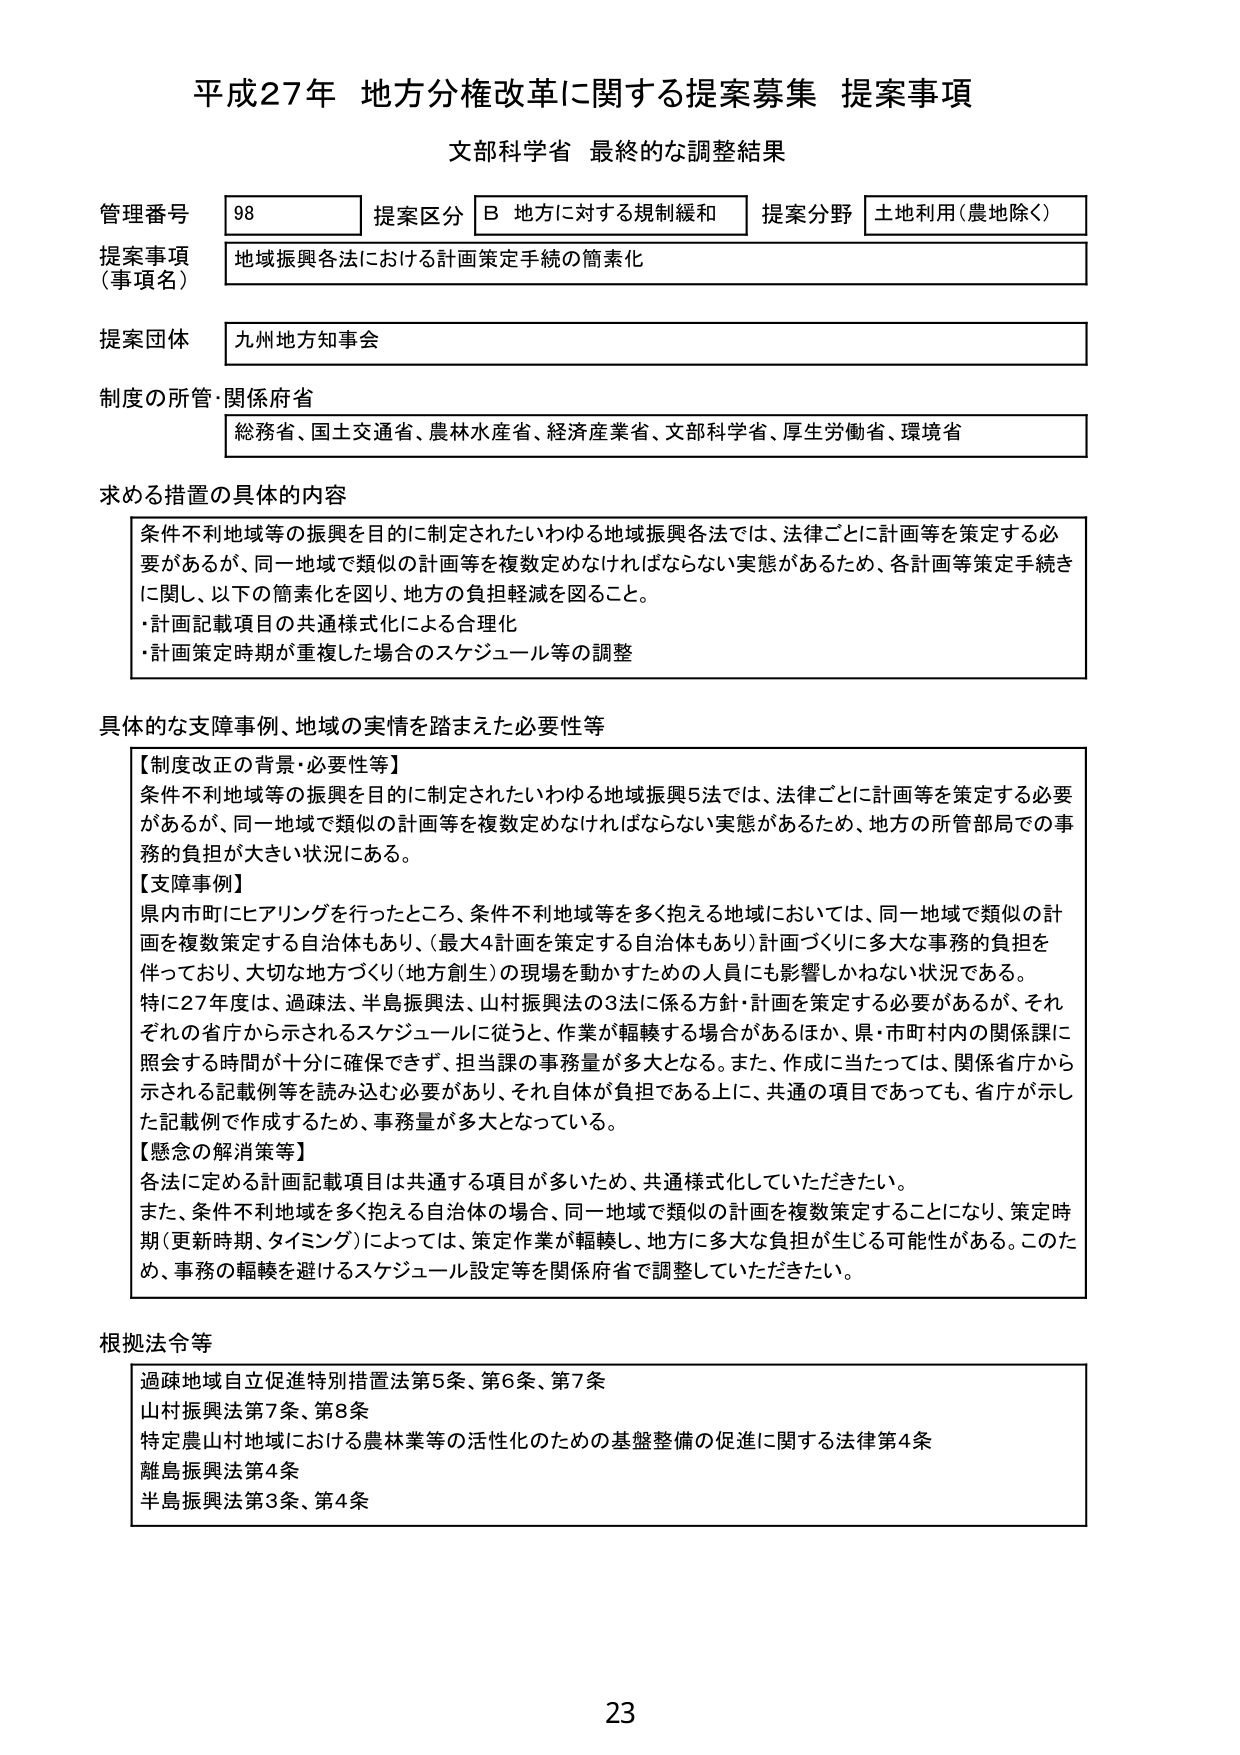
平成27年 地方分権改革に関する提案募集 提案事項
文部科学省 最終的な調整結果

管理番号 98 提案区分 B 地方に対する規制緩和 提案分野 土地利用（農地除く）
提案事項（事項名） 地域振興各法における計画策定手続の簡素化
提案団体 九州地方知事会
制度の所管・関係府省 総務省、国土交通省、農林水産省、経済産業省、文部科学省、厚生労働省、環境省

求める措置の具体的内容
条件不利地域等の振興を目的に制定されたいわゆる地域振興各法では、法律ごとに計画等を策定する必要があるが、同一地域で類似の計画等を複数定めなければならない実態があるため、各計画等策定手続きに関し、以下の簡素化を図り、地方の負担軽減を図ること。
・計画記載項目の共通様式化による合理化
・計画策定時期が重複した場合のスケジュール等の調整

具体的な支障事例、地域の実情を踏まえた必要性等
【制度改正の背景・必要性等】
条件不利地域等の振興を目的に制定されたいわゆる地域振興5法では、法律ごとに計画等を策定する必要があるが、同一地域で類似の計画等を複数定めなければならない実態があるため、地方の所管部局での事務の負担が大きい状況にある。
【支障事例】
県内市町にヒアリングを行ったところ、条件不利地域等を多く抱える地域においては、同一地域で類似の計画を複数策定する自治体もあり、（最大4計画を策定する自治体もあり）計画づくりに多大な事務的負担を伴っており、大切な地方づくり（地方創生）の現場を動かすための人員にも影響しかねない状況である。
特に27年度は、過疎法、半島振興法、山村振興法の3法に係る方針・計画を策定する必要があるが、それぞれの省庁から示されるスケジュールに従うと、作業が転轍する場合があるほか、県・市町村内の関係課に照会する時間が十分に確保できず、担当課の事務量が多大となる。また、作成に当たっては、関係省庁から示される記載例等を読み込む必要があり、それ自体が負担である上に、共通の項目であっても、省庁が示した記載例で作成するため、事務量が多大となっている。
【懸念の解消策等】
各法に定める計画記載項目は共通する項目が多いため、共通様式化していただきたい。
また、条件不利地域を多く抱える自治体の場合、同一地域で類似の計画を複数策定することになり、策定時期（更新時期、タイミング）によっては、策定作業が転轍し、地方に多大な負担が生じる可能性がある。このため、事務の転轍を避けるスケジュール設定等を関係府省で調整していただきたい。

根拠法令等
過疎地域自立促進特別措置法第5条、第6条、第7条
山村振興法第7条、第8条
特定農山村地域における農林業等の活性化のための基盤整備の促進に関する法律第4条
離島振興法第4条
半島振興法第3条、第4条

23